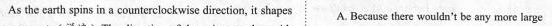
As the carth spins in a counterclockwise direction, it shapes A. Because there wouldn't be any more large